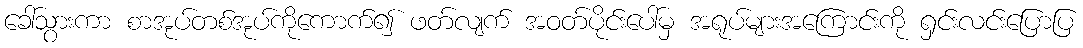
ခေါ်သွားကာ စာအုပ်တစ်အုပ်ကိုကောက်၍ ဖတ်လျက် အဝတ်ပိုင်းပေါ်မှ အရုပ်များအကြောင်းကို ရှင်းလင်းပြောပြ